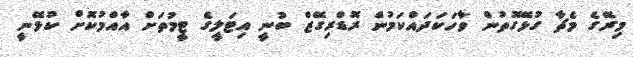
މިރޭގެ މެޗާ ގުޅޭގޮތުން ވާހަކަދައްކަމުން ރޮޑްރިގޭޒް ބުނީ އިޓަލީގެ ޓީމުތަށް އާއްމުކޮށް ކުޅޭނީ